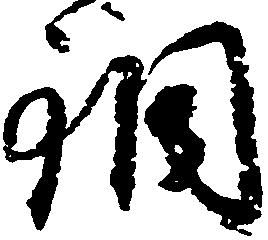
銅